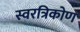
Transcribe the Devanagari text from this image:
स्वरत्रिकोण